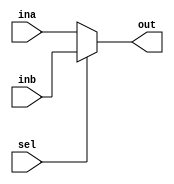
module mux(sel, ina, inb, out);
//mux 2 to 1
parameter DATA_LENGTH = 8;

input sel;
input [DATA_LENGTH-1 : 0] ina; 
input [(DATA_LENGTH-1) : 0]  inb;
output [DATA_LENGTH-1 : 0] out;

assign out=(sel==0)?ina:inb;

endmodule